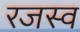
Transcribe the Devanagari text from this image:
रजस्व